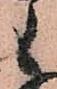
候